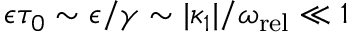
\epsilon \tau _ { 0 } \sim \epsilon / \gamma \sim | \kappa _ { 1 } | / \omega _ { \mathrm { r e l } } \ll 1